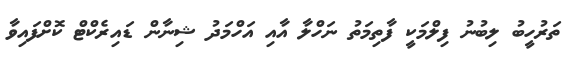
ތަރުހީބު ލިބުނު ފިލްމަކީ ފާތިމަތު ނަހްލާ އާއި އަހްމަދު ޝިނާން ޑައިރެކްޓް ކޮށްފައިވާ